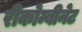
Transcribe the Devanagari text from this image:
रीकोम्बीनेट